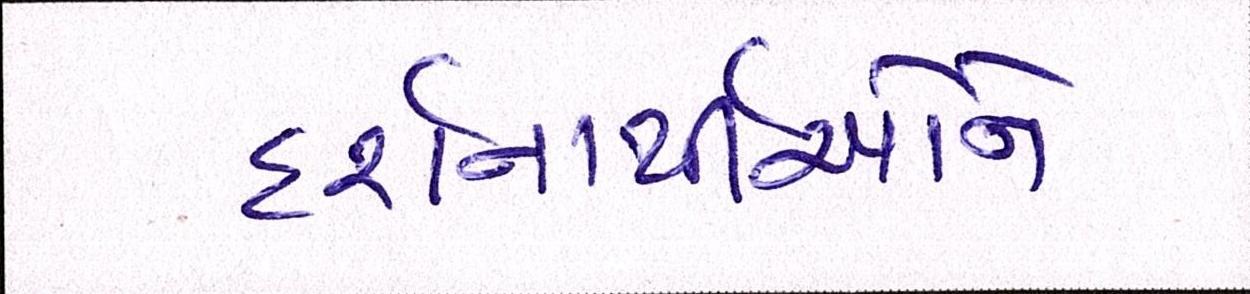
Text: દર્શનાર્થીઓને